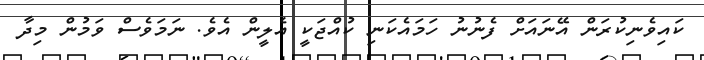
ކައިވެނިކުރަން އޭނައަށް ފެނުނު ހަމައެކަނި ކުއްޖަކީ އެލީން އެވެ. ނަމަވެސް ވަމުން މިދާ